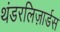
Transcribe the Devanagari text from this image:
थंडरलिज़ार्डस